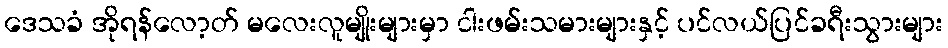
ဒေသခံ အိုရန်လော့တ် မလေးလူမျိုးများမှာ ငါးဖမ်းသမားများနှင့် ပင်လယ်ပြင်ခရီးသွားများ